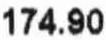
174.90